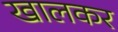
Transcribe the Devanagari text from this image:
खालकर